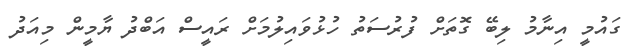
ގައުމީ އިނާމު ލިބޭ ގޮތަށް ފުރުސަތު ހުޅުވައިލުމަށް ރައީސް އަބްދު ޔާމީން މިއަދު